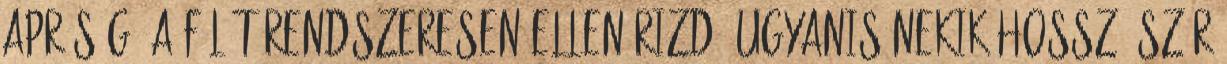
apróság, a fülét rendszeresen ellenőrizd, ugyanis nekik hosszú szőr